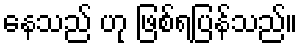
နေသည် ဟု ဖြစ်ရပြန်သည်။